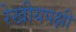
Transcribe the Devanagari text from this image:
रेखीयपक्षी